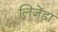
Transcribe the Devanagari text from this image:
लिजेंडा